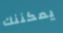
يمكننك